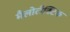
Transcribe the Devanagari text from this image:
मैलोलैक्टिक